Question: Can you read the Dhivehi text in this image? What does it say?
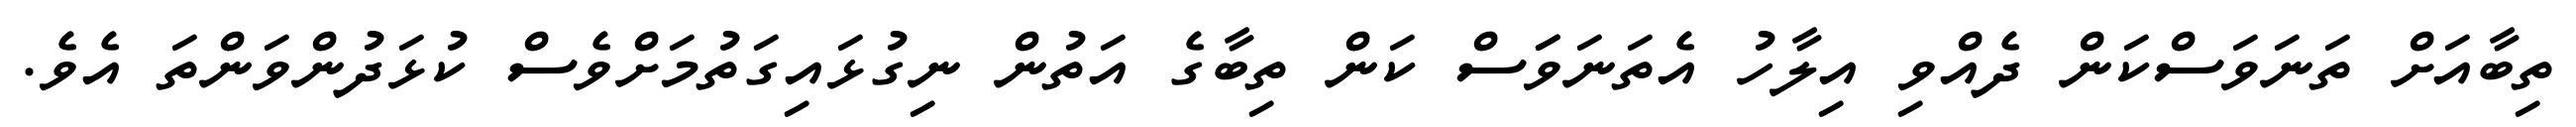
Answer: ތިބާއަށް ތަނަވަސްކަން ދެއްވި އިލާހު އެތަނަވަަސް ކަން ތިބާގެ އަތުން ނިގުޅައިގަތުމަށްވެސް ކުޅަދުންވަންތަ އެވެ.